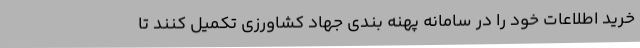
خرید اطلاعات خود را در سامانه پهنه بندی جهاد کشاورزی تکمیل کنند تا